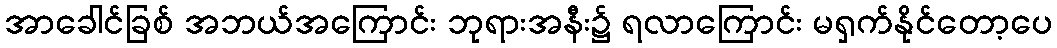
အာခေါင်ခြစ် အဘယ်အကြောင်း ဘုရားအနီး၌ ရလာကြောင်း မရှက်နိုင်တော့ပေ